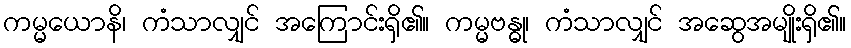
ကမ္မယောနိ၊ ကံသာလျှင် အကြောင်းရှိ၏။ ကမ္မဗန္ဓု၊ ကံသာလျှင် အဆွေအမျိုးရှိ၏။